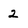
Character: 2